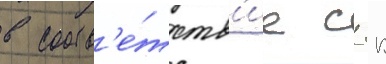
в соотв'е́тств'ие с гк